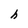
Character: h